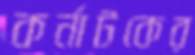
কর্নাটকের